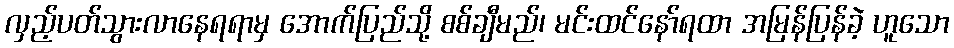
လှည့်ပတ်သွားလာနေရရာမှ အောက်ပြည်သို့ စစ်ချီမည်၊ မင်းထင်နော်ရထာ အမြန်ပြန်ခဲ့ ဟူသော